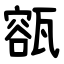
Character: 㼸